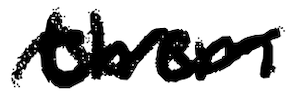
Text: them
Cross-out: wave
Writing tool: digital_black